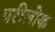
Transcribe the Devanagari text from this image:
परीलोक